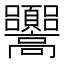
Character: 𩫳